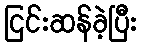
ငြင်းဆန်ခဲ့ပြီး